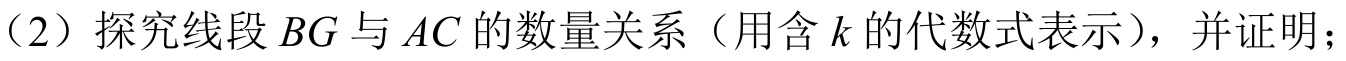
（2）探究线段\(BG\)与\(AC\)的数量关系（用含\(k\)的代数式表示），并证明；